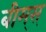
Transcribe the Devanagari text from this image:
बीम्‌स्‌